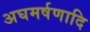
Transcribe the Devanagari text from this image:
अघमर्षणादि